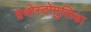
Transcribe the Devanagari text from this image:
ग्नेथोस्टोमुलिडा